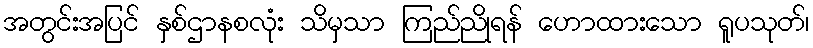
အတွင်းအပြင် နှစ်ဌာနစလုံး သိမှသာ ကြည်ညိုရန် ဟောထားသော ရူပသုတ်၊